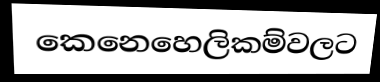
කෙනෙහෙලිකම්වලට